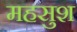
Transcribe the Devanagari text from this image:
महसुश